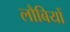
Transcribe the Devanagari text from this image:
लौबियों